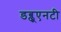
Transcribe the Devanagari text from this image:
डब्लूएनटी